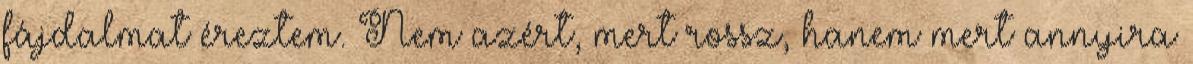
fájdalmat éreztem. Nem azért, mert rossz, hanem mert annyira